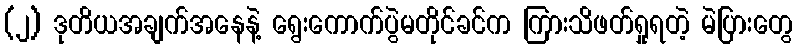
(၂) ဒုတိယအချက်အနေနဲ့ ရွေးကောက်ပွဲမတိုင်ခင်က ကြားသိဖတ်ရှုရတဲ့ မဲပြားတွေ